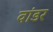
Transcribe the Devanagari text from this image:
वांडर